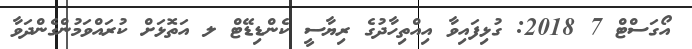
އޯގަސްޓް 7 2018: ގުޅިފައިވާ އިއްތިހާދުގެ ރިޔާސީ ކެންޑިޑޭޓް ލ އަތޮޅަށް ކުރައްވަމުންގެންދަވާ